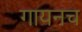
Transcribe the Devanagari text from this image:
गायनच